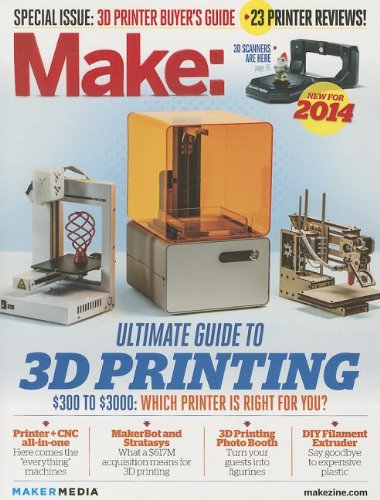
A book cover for Make: Ultimate Guide to 3D Printing 2014; Computers & Technology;